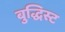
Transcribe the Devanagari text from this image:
बुद्धिस्ट